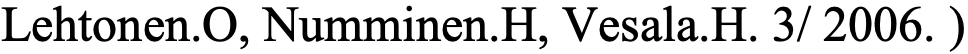
Lehtonen.O, Numminen.H, Vesala.H. 3/ 2006. )